Note on the mental hospitals in Burma - 1925-1940
Year: 1925
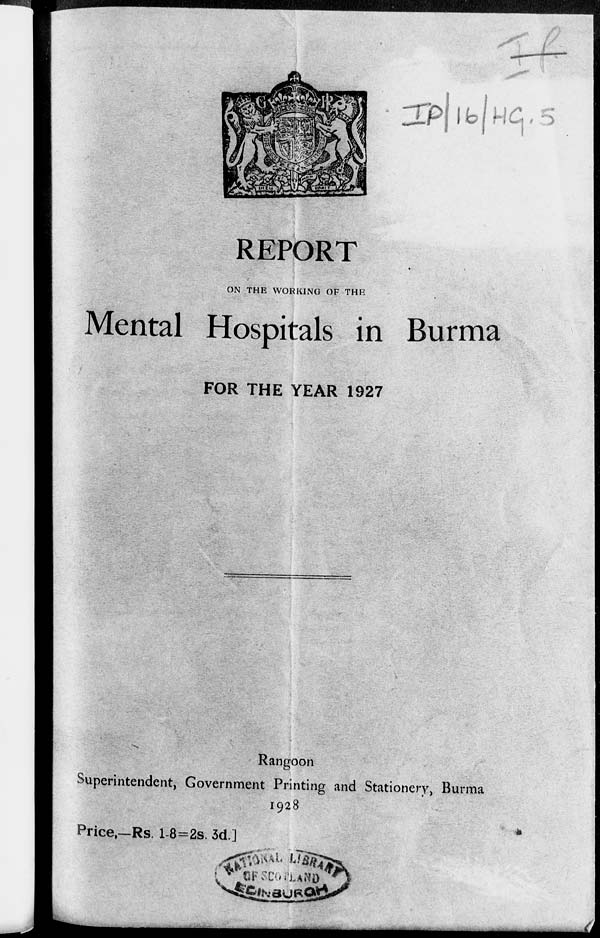
REPORT
ON THE WORKING OF THE
Mental Hospitals in Burma
FOR THE YEAR 1927
Rangoon
Superintendent, Government Printing and Stationery, Burma
1928
Price.—Rs. 1-8=2s. 3d.]